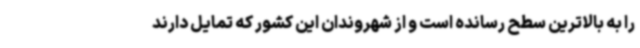
را به بالاترین سطح رسانده است و از شهروندان این کشور که تمایل دارند